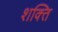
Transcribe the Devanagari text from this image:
श्‍ाक्‍ित